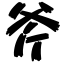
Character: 斧